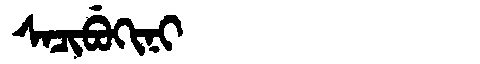
Manchu: ᠰᠠᠴᡳᠪᡠᡴᡳᠨᡳ
Romanization: SACIBUKINI